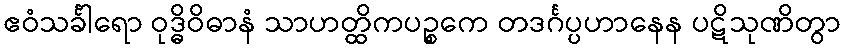
ဧဝံသင်္ခါရော ဝုဒ္ဓိဝိဓာနံ သာဟတ္ထိကပဉ္စကေ တဒင်္ဂပ္ပဟာနေန ပဋိသုဏိတွာ